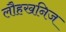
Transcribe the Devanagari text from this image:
लौहखनिज